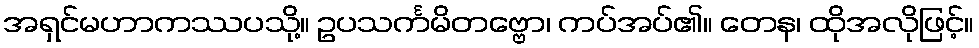
အရှင်မဟာကဿပသို့။ ဥပသင်္ကမိတဗ္ဗော၊ ကပ်အပ်၏။ တေန၊ ထိုအလိုဖြင့်။